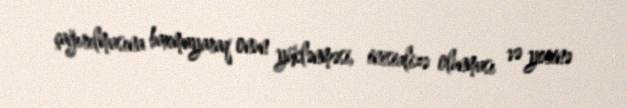
çağırılmasına baxmayaraq onun yüklənməsi, inisializə olunması və yerinə